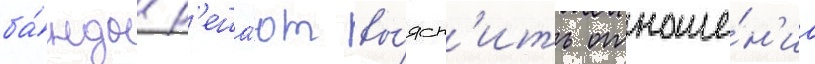
ба́нды р'еша́ют вы́ясн'ить отноше́н'иа